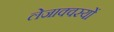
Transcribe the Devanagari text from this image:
लेजाक्वस्यों